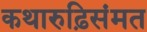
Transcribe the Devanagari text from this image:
कथारुढ़िसंमत